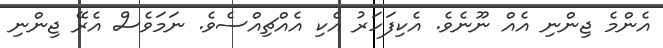
އެންމެ ޖިންނި އެއް ނޫނެވެ. އެކިފަހަރު އެކި އެއްޗިއްސެވެ. ނަމަވެސް އެރޭ ޖިންނި